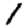
Digit: 1